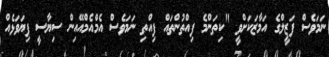
ނަމަވެސް ފަޒީލްގެ އަމާޒަކަށްވީ "ކިތަންމެ ފިއްތުންތައް ފިއްތި ނަމަވެސް އެމްއެމްއޭއިން ސިޔާސީ ފިޔަވަޅެއް